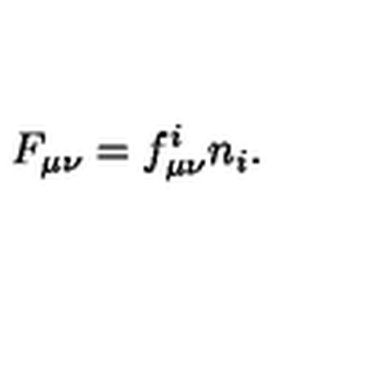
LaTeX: F _ { \mu \nu } = f _ { \mu \nu } ^ { i } n _ { i } .